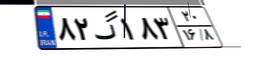
۸۲گ۱۸۳۲۰